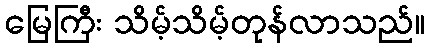
မြေကြီး သိမ့်သိမ့်တုန်လာသည်။